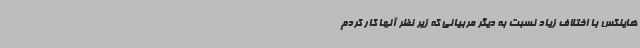
هاینکس با اختلاف زیاد نسبت به دیگر مربیانی که زیر نظر آنها کار کردم